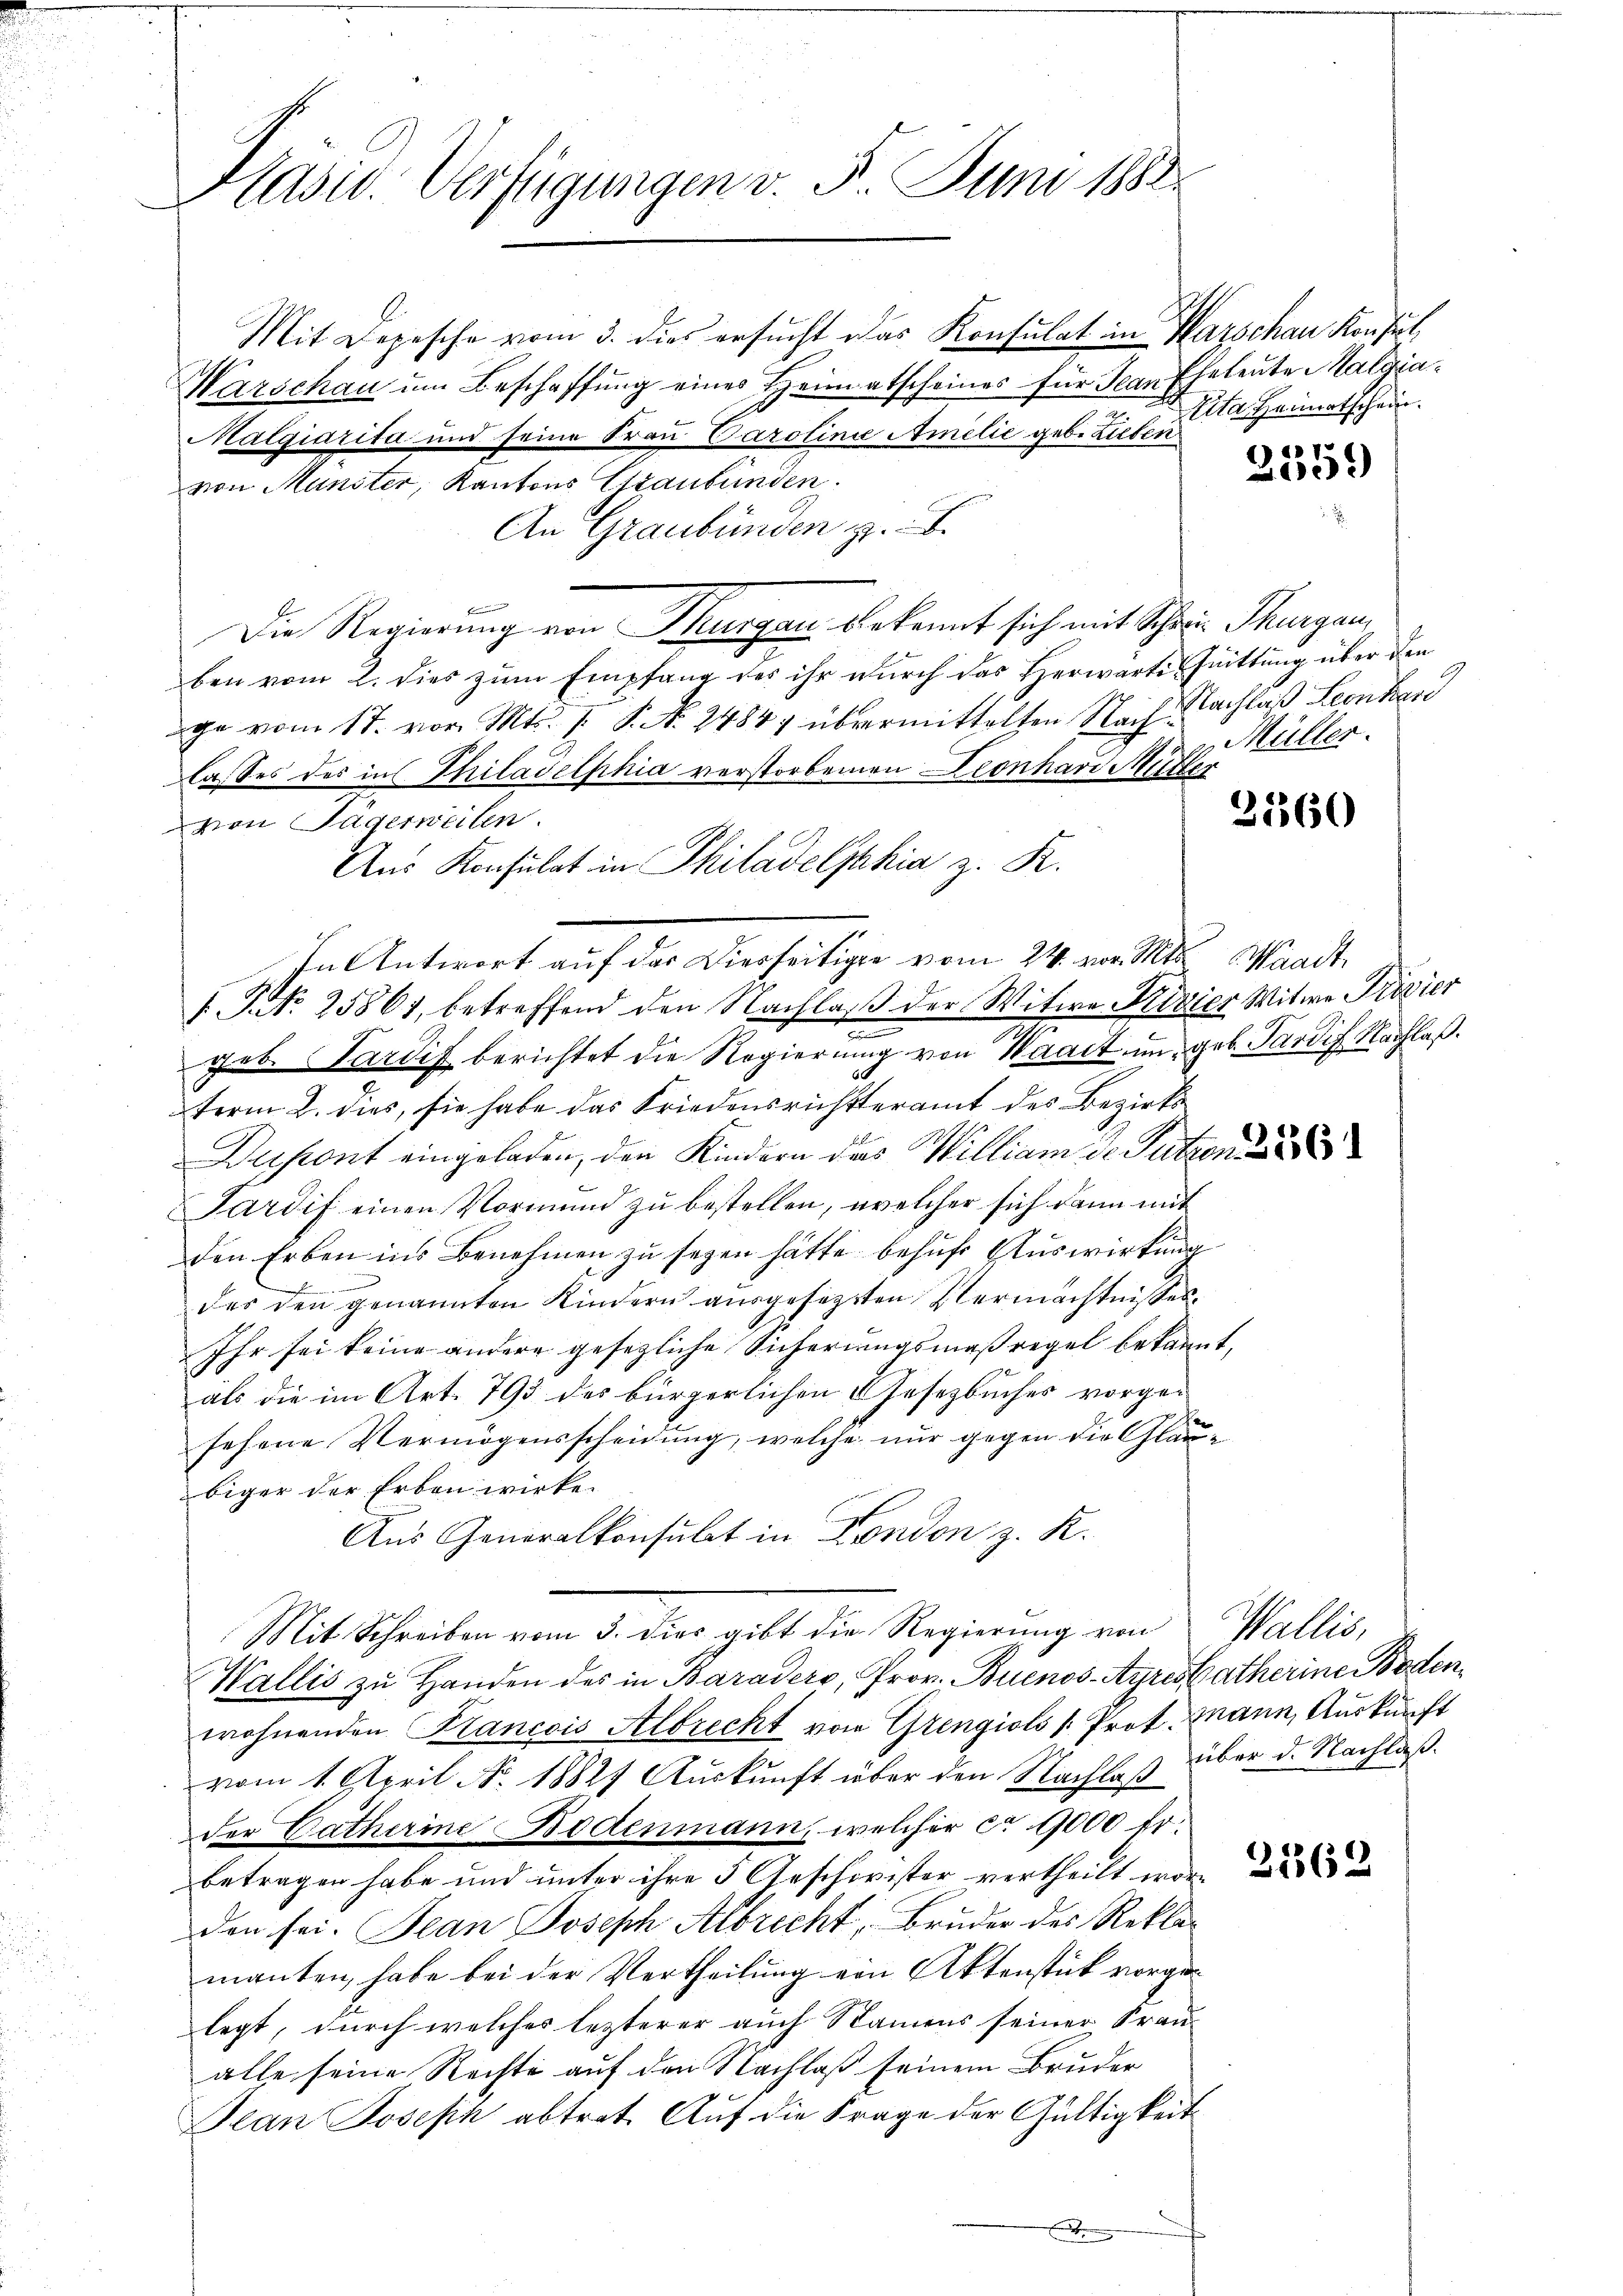
Präsid. Verfügungen v. 5. Juni 1882

Mit Depesche vom 3. dies ersŭcht das Konsulat in Warschau Konst,
Warschau um Beschaffung eines Heimatscheines für Jean Eheleute Malgia¬
Malqiarita und seine Frau Carolinie Amilie geb. Lieben
von Münster, Kantons Graubünden.
An Graubünden z. B.
Die Regierung von Thurgau bekannt sich mit Schwein Thurgau,
ben vom 2. dies zum Empfang des ihr durch das Herwarte Quittung über den
ge vom 17. vor. Mts. 1. P. Nr. 2484, übermittelten Nach Nachlaß Leonhar
lasses des in Philadelphia verstorbenen Leonhard Mütter
von Sagerweilen.
Aus Konsulat in Philadelphia z. R.
In Antwort auf das Dierseitige vom 24. vor. Mts. Waadt,
f No 25861, betreffend den Nachlaß der Witwe Krivier Witwe Privier
n
geb. Pardif berichtet die Regierŭng von Waadt im geb. Pardif Nachlaß.
term 2. dies, sie habe das Friedensrichtteramt des Bezirks¬
Berstent eingeladen, den Kindern das William de Putzen
Sardif einen Vormund zu bestellen, welcher sich dann mit
den Erben ins Benehmen zu seyen hätte behufs Auswirkung
des den genannten Kindern ausgesezten Vermächtnisses
Ihr sei keine andere gesezliche Sicherungsmaßregel bekannt,
als die im Art. 793 des bürgerlichen Gesetzbuches vorgesehene Vermögensscheidŭng, welche nur gegen die Gläubiger der Erben wirke
Aus Generalkonsulat in Fondon z. R.
Mit Schreiben vom 3. dies gibt die Regierung von Wallis,
Wallis zu Handen des in Baraders, Prov. Buenos-Ayresbatherine Bodenwohnenden Francois Albrecht von Grengiols Prof. Mann, Auskunft
vom 1. April No. 18827 Auskunft über den Nachlaß
der Catherine Bodenmann, welcher ca 1000 fr.
betragen habe und unter ihre 3 Geschwister vertheilt wor
den sei. Jean Joseph Albrecht, Bruder des Reklamanten, habe bei der Vertheilung von Aktenstück vorgelegt, durch welches lezterer auch Namens seiner Frau-
alle seine Rechte auf den Nachlaß seinem Bruder
Jean Joseph abtrat. Auf die Frage der Gültigkeit

Eita. Heimatschein.

1
)

Müller.

31860

über d. Nachlaß.